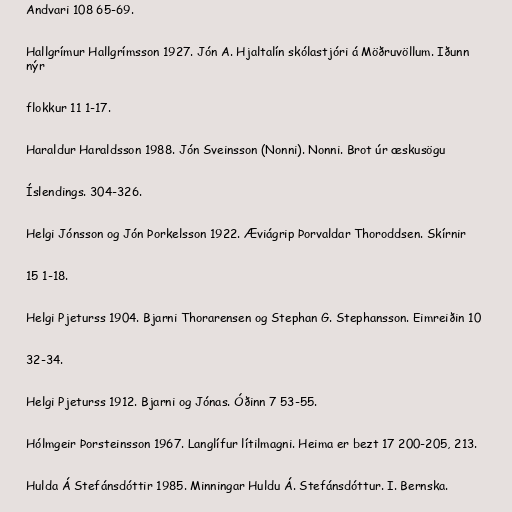
Andvari 108 65-69.

Hallgrímur Hallgrímsson 1927. Jón A. Hjaltalín skólastjóri á Möðruvöllum. Iðunn
nýr

flokkur 11 1-17.

Haraldur Haraldsson 1988. Jón Sveinsson (Nonni). Nonni. Brot úr æskusögu

Íslendings. 304-326.

Helgi Jónsson og Jón Þorkelsson 1922. Æviágrip Þorvaldar Thoroddsen. Skírnir

15 1-18.

Helgi Pjeturss 1904. Bjarni Thorarensen og Stephan G. Stephansson. Eimreiðin 10

32-34.

Helgi Pjeturss 1912. Bjarni og Jónas. Óðinn 7 53-55.

Hólmgeir Þorsteinsson 1967. Langlífur lítilmagni. Heima er bezt 17 200-205, 213.

Hulda Á Stefánsdóttir 1985. Minningar Huldu Á. Stefánsdóttur. I. Bernska.